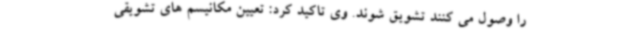
را وصول می کنند تشویق شوند. وی تاکید کرد: تعیین مکانیسم های تشویقی